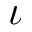
\iota